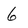
Character: 6